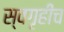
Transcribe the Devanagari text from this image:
स्वगृहीच